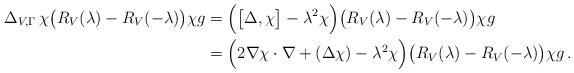
\begin{align*}\Delta_{V,\Gamma}\,\chi\bigl(R_V(\lambda)-R_V(-\lambda)\bigr)\chi g&=\Bigl(\bigl[\Delta,\chi\bigr]-\lambda^2\chi\Bigr)\bigl(R_V(\lambda)-R_V(-\lambda)\bigr)\chi g\\&=\Bigl(2\nabla\chi\cdot\nabla+(\Delta\chi)-\lambda^2\chi\Bigr)\bigl(R_V(\lambda)-R_V(-\lambda)\bigr)\chi g\,.\end{align*}